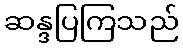
ဆန္ဒပြကြသည်